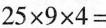
$$2 5 \times 9 \times 4 =$$